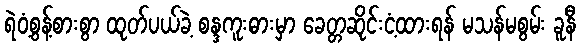
ရဲဝံ့စွန့်စားစွာ ထုတ်ပယ်ခဲ့ စန္ဒကူးဓားမှာ ခေတ္တဆိုင်းငံ့ထားရန် မသန်မစွမ်း ခူနီ